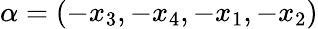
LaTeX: \alpha=(-x_{3},-x_{4},-x_{1},-x_{2})